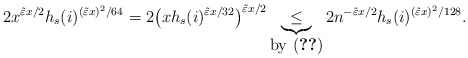
\begin{align*} 2x^{ \tilde \varepsilon x/ 2}h_s(i)^{(\tilde\varepsilon x)^2/64}=2 \big( x h_s(i)^{ \tilde \varepsilon x / 32 } \big)^{ \tilde \varepsilon x /2 } \underbrace{\le}_{\mbox{by \eqref{eq: Probhx0}}} 2 n^{- \tilde \varepsilon x / 2} h_s(i)^{ ( \tilde \varepsilon x )^2 /128 }.\end{align*}